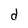
Character: d